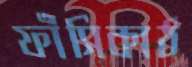
ফাঁসিকাঠ